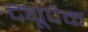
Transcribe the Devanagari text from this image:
ट्यूपैक